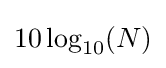
10\log _{10}(N)